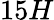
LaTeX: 15H